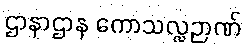
ဌာနာဌာန ကောသလ္လဉာဏ်